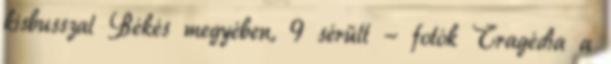
kisbusszal Békés megyében, 9 sérült - fotók Tragédia a